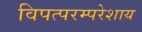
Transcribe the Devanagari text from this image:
विपत्परम्परेशाय